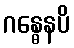
ဂန္ဓေနပိ